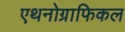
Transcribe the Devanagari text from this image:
एथनोग्राफिकल